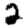
Digit: 2